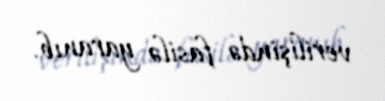
verilişində fasilə yaranıb.